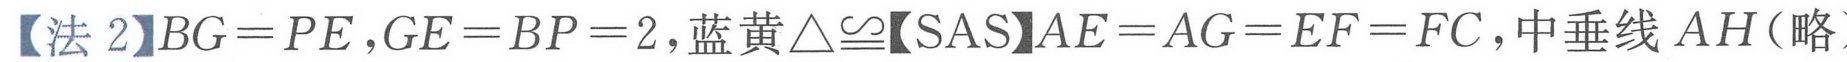
【法2】\(BG = PE\)，\(GE = BP = 2\)，蓝黄\(\triangle\cong\)【SAS】\(AE = AG = EF = FC\)，中垂线\(AH\)（略）